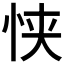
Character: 𫺂